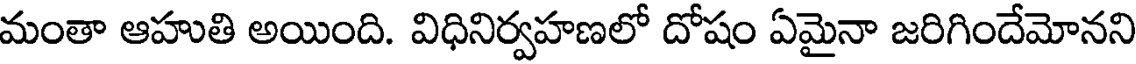
మంతా ఆహుతి అయింది. విధినిర్వహణలో దోషం ఏమైనా జరిగిందేమోనని